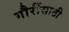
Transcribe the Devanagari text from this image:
गौरींसाठी